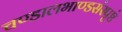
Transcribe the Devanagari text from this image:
चण्डालभाण्डसंस्पृष्टं